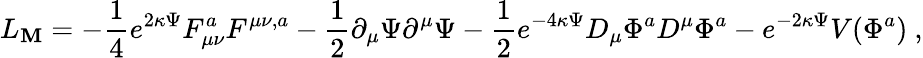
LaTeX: L_{\mathbf{M}}=-\frac{{1}}{{4}}e^{2\kappa\Psi}F_{\mu\nu}^{a}F^{\mu\nu,a}-\frac{{1}}{{2}}\partial_{\mu}\Psi\partial^{\mu}\Psi-\frac{{1}}{{2}}e^{-4\kappa\Psi}D_{\mu}\Phi^{a}D^{\mu}\Phi^{a}-e^{-2\kappa\Psi}V(\Phi^{a})\ ,